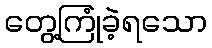
တွေ့ကြုံခဲ့ရသော